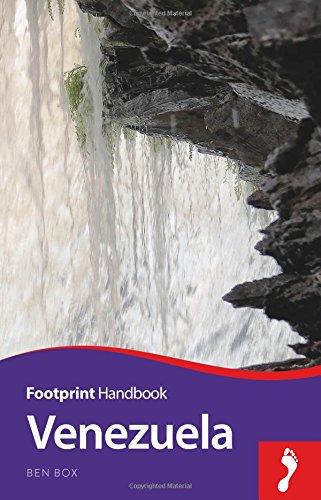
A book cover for Venezuela Handbook (Footprint - Handbooks); Ben Box; Travel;